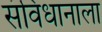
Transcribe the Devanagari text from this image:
संविधानाला